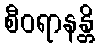
စီဝရာနန္တိ